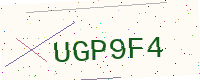
Text: UGP9F4